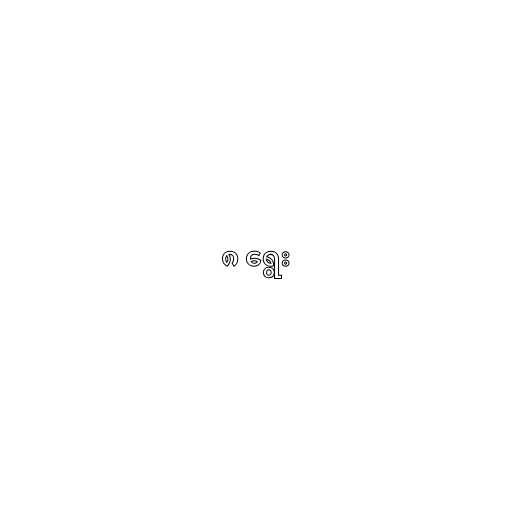
၈ ရွေး